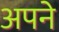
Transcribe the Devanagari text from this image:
अपने